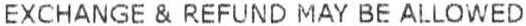
EXCHANGE & REFUND MAY BE ALLOWED